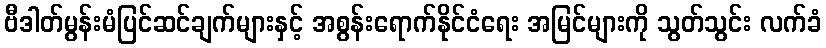
ဗီဒါတ်မွန်းမံပြင်ဆင်ချက်များနှင့် အစွန်းရောက်နိုင်ငံရေး အမြင်များကို သွတ်သွင်း လက်ခံ